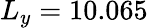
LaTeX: L_{y}=10.065